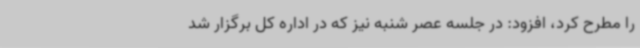
را مطرح کرد، افزود: در جلسه عصر شنبه نیز که در اداره کل برگزار شد